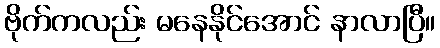
ဗိုက်ကလည်း မနေနိုင်အောင် နာလာပြီ။